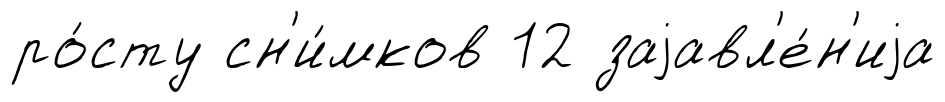
ро́сту сн'и́мков 12 заjавл'е́н'иjа